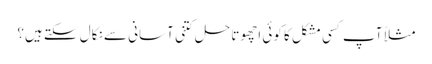
مثلاً آپ کسی مشکل کا کوئی اچھوتا حل کتنی آسانی سے نکال سکتے ہیں؟